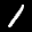
Label: 1